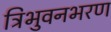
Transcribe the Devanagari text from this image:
त्रिभुवनभरण